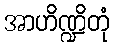
အာဟိဏ္ဍိတုံ